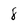
Character: 8